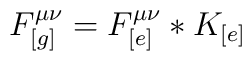
F_{[g]}^{\mu\nu} = F_{[e]}^{\mu\nu} * K_{[e]}